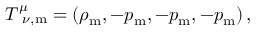
T _ { \, \, \, \nu , { \mathrm m } } ^ { \mu } = \left( \rho _ { { \mathrm m } } , - p _ { \mathrm m } , - p _ { \mathrm m } , - p _ { \mathrm m } \right) ,